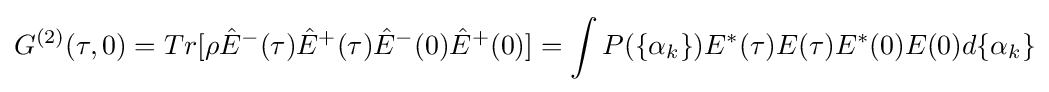
G^{(2)}(\tau ,0)=Tr[\rho {\hat {E}}^{-}(\tau ){\hat {E}}^{+}(\tau ){\hat {E}}^{-}(0){\hat {E}}^{+}(0)]=\int P(\{\alpha _{k}\})E^{*}(\tau )E(\tau )E^{*}(0)E(0)d\{\alpha _{k}\}